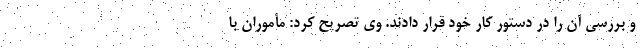
و بررسی آن را در دستور کار خود قرار دادند. وی تصریح کرد: مأموران با